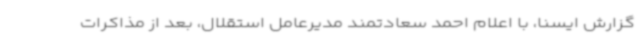
گزارش ایسنا، با اعلام احمد سعادتمند مدیرعامل استقلال، بعد از مذاکرات